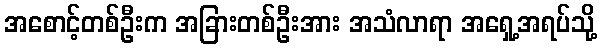
အစောင့်တစ်ဦးက အခြားတစ်ဦးအား အသံလာရာ အရှေ့အရပ်သို့